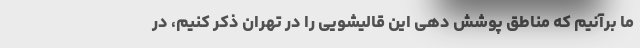
ما برآنیم که مناطق پوشش دهی این قالیشویی را در تهران ذکر کنیم، در